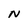
Character: N